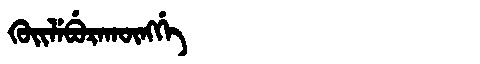
Manchu: ᡴᡠᡳᠯᡝᠪᡠᡵᠠᡴᡡᠩᡤᡝ
Romanization: KUILEBURAKŪNGGE